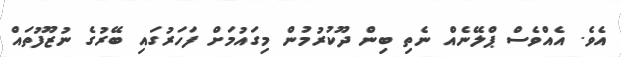
އެވެ. އެއްވެސް ޕްލޭނެއް ނެތި ބިން ދޫކުރުމުން މިގައުމަށް ފަހަރުގައި ބޭރުގެ ނުޒޫފުތައް